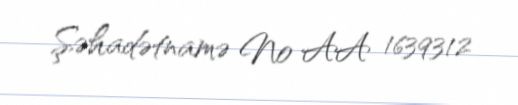
Şəhadətnamə № AA 1639312